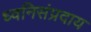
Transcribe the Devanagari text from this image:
ध्वनिसंप्रदाय